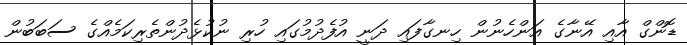
ޑޮންގް އާއި އޭނާގެ އަންހެނުން ހިނގާފައި ދަނީ އުފެދުމުގައި ހުރި ނުކުޅެދުންތެރިކަމެއްގެ ސަބަބުން